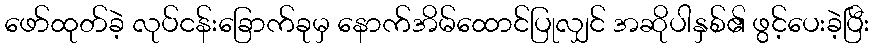
ဖော်ထုတ်ခဲ့ လုပ်ငန်းခြောက်ခုမှ နောက်အိမ်ထောင်ပြုလျှင် အဆိုပါနှစ်၏ ဖွင့်ပေးခဲ့ပြီး